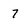
Character: 7